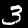
Digit: 3